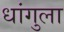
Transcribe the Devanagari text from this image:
धांगुला